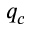
q _ { c }